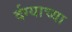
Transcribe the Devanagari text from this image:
र्दग्याच्या